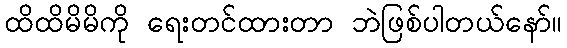
ထိထိမိမိကို ရေးတင်ထားတာ ဘဲဖြစ်ပါတယ်နော်။